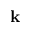
\textbf { k }